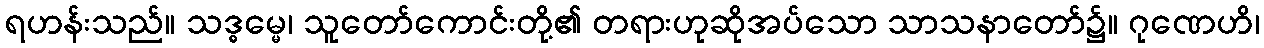
ရဟန်းသည်။ သဒ္ဓမ္မေ၊ သူတော်ကောင်းတို့၏ တရားဟုဆိုအပ်သော သာသနာတော်၌။ ဂုဏေဟိ၊